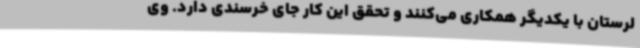
لرستان با یکدیگر همکاری می‌کنند و تحقق این کار جای خرسندی دارد. وی